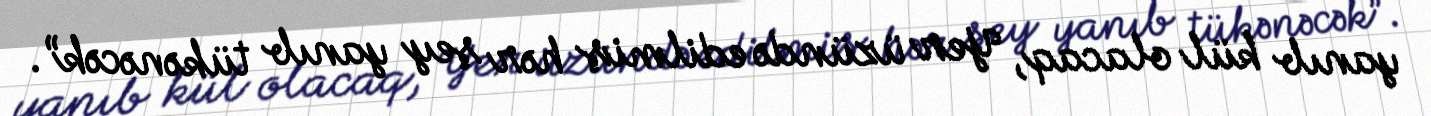
yanıb kül olacaq, Yer üzündə edilmiş hər şey yanıb tükənəcək”.